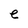
Character: e